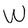
Character: W